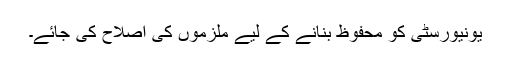
یونیورسٹی کو محفوظ بنانے کے لیے ملزموں کی اصلاح کی جائے۔